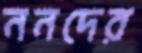
ননদের